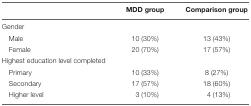
|  | MDD group | Comparison group |
 | --- | --- | --- |
 | Gender |  |  |
 | Male | 10 (30%) | 13 (43%) |
 | Female | 20 (70%) | 17 (57%) |
 | Highest education level completed |  |  |
 | Primary | 10 (33%) | 8 (27%) |
 | Secondary | 17 (57%) | 18 (60%) |
 | Higher level | 3 (10%) | 4 (13%) |